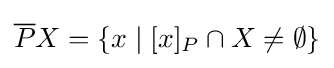
{\overline {P}}X=\{x\mid [x]_{P}\cap X\neq \emptyset \}